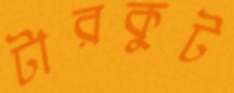
টারকুট